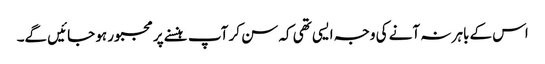
اس کے باہر نہ آنے کی وجہ ایسی تھی کہ سن کر آپ ہنسنے پر مجبور ہو جائیں گے۔